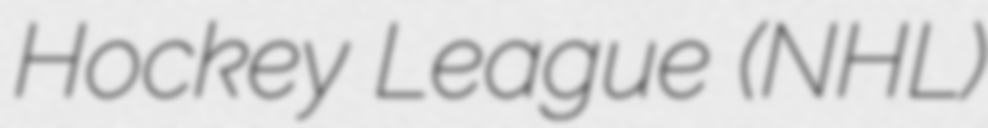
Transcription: Hockey League (NHL)